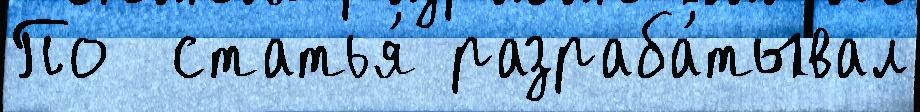
По  статья́ разраба́тывал